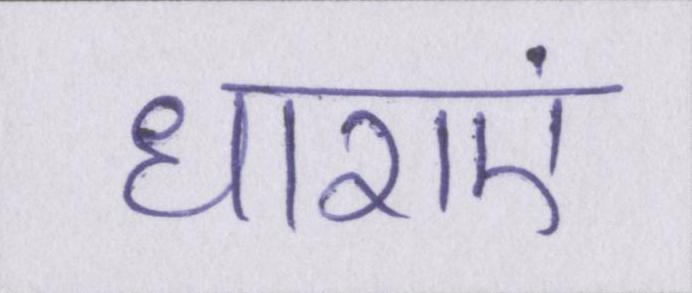
धाराएं